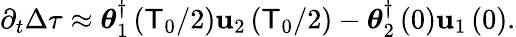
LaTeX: \partial_{t}\Delta\tau\approx\boldsymbol{\theta}_{1}^{\dagger}\left(\mathsf{T}_{0}/2\right)\mathbf{{u}}_{2}\left(\mathsf{T}_{0}/2\right)-\boldsymbol{\theta}_{2}^{\dagger}\left(0\right)\mathbf{{u}}_{1}\left(0\right).